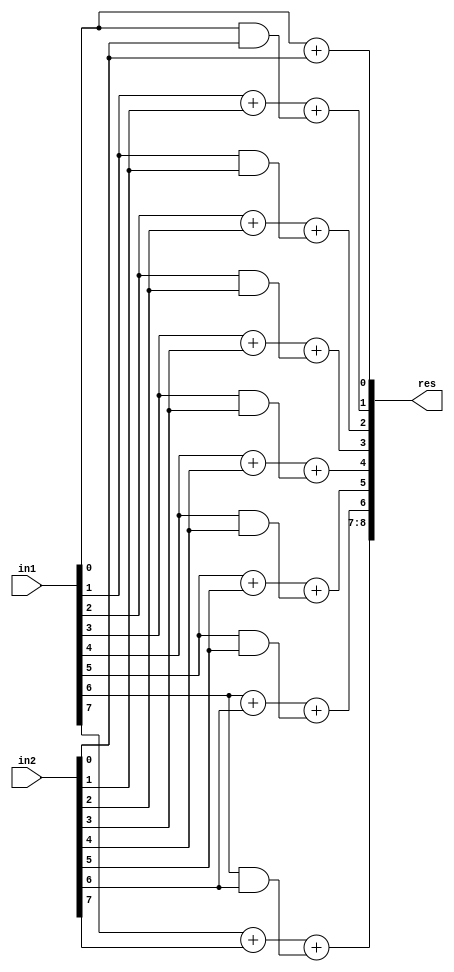
`timescale 1ns / 1ps
//////////////////////////////////////////////////////////////////////////////////
// Company: 
// Engineer: 
// 
// Create Date:    
// Design Name: 
// Module Name:    GDA_St_N8_M8_P1 
// Project Name: 
// Target Devices: 
// Tool versions: 
// Description: 
//
// Dependencies: 
//
// Revision: 
// Revision 0.01 - File Created
// Additional Comments: 
//
//////////////////////////////////////////////////////////////////////////////////
module GDA_St_N8_M8_P1(
    input  [7:0] in1,
    input  [7:0] in2,
    output [8:0] res
    );

wire [2:0] 	temp1, temp2, temp3, temp4, temp5, temp6, temp7, temp8;
wire  		p0,p1,p2,p3,p4,p5,p6,g0,g1,g2,g3,g4,g5,g6,c1,c2,c3,c4,c5,c6,c7;

and and_0(g0,in1[0],in2[0]);
and and_1(g1,in1[1],in2[1]);
and and_2(g2,in1[2],in2[2]);
and and_3(g3,in1[3],in2[3]);
and and_4(g4,in1[4],in2[4]);
and and_5(g5,in1[5],in2[5]);
and and_6(g6,in1[6],in2[6]);

xor xor_0(p0,in1[0],in2[0]);
xor xor_1(p1,in1[1],in2[1]);
xor xor_2(p2,in1[2],in2[2]);
xor xor_3(p3,in1[3],in2[3]);
xor xor_4(p4,in1[4],in2[4]);
xor xor_5(p5,in1[5],in2[5]);
xor xor_6(p6,in1[6],in2[6]);

assign c1 = g0;

assign c2 = g1;

assign c3 = g2;

assign c4 = g3;

assign c5 = g4;

assign c6 = g5;

assign c7 = g6;

// Results

assign temp1[1:0] = in1[0] + in2[0];
assign temp2[1:0] = in1[1] + in2[1] + c1;
assign temp3[1:0] = in1[2] + in2[2] + c2;
assign temp4[1:0] = in1[3] + in2[3] + c3;
assign temp5[1:0] = in1[4] + in2[4] + c4;
assign temp6[1:0] = in1[5] + in2[5] + c5;
assign temp7[1:0] = in1[6] + in2[6] + c6;
assign temp8[1:0] = in1[7] + in2[7] + c7;
assign res[8:0] = {temp8[1:0],temp7[0],temp6[0],temp5[0],temp4[0],temp3[0],temp2[0],temp1[0]};

endmodule